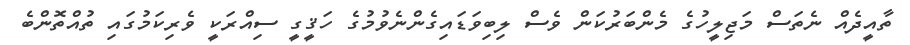
ތާއީދެއް ނެތަސް މަޖިލީހުގެ މެންބަރުކަން ވެސް ލިބިވަޑައިގެންނެވުމުގެ ހަޤީގީ ސިއްރަކީ ވެރިކަމުގައި ތުއްތޮންބެ